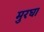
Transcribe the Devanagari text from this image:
मुरघा